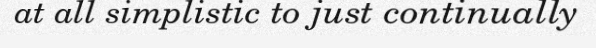
at all simplistic to just continually